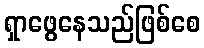
ရှာဖွေနေသည်ဖြစ်စေ